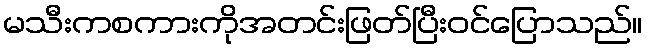
မသီးကစကားကိုအတင်းဖြတ်ပြီးဝင်ပြောသည်။